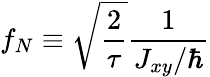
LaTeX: f_{N}\equiv\sqrt{\frac{2}{\tau}}\frac{1}{J_{xy}/\hbar}